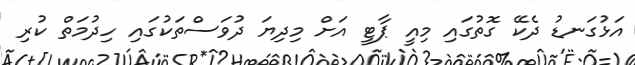
އަޅުގަނޑު ދެކޭ ގޮތުގައި މިއީ ޕާޓީ އަށް މިދިޔަ ދުވަސްތަކުގައި ހިދުމަތް ކުރި